Tartu_pedagoogiumi_aruanded, lk 12
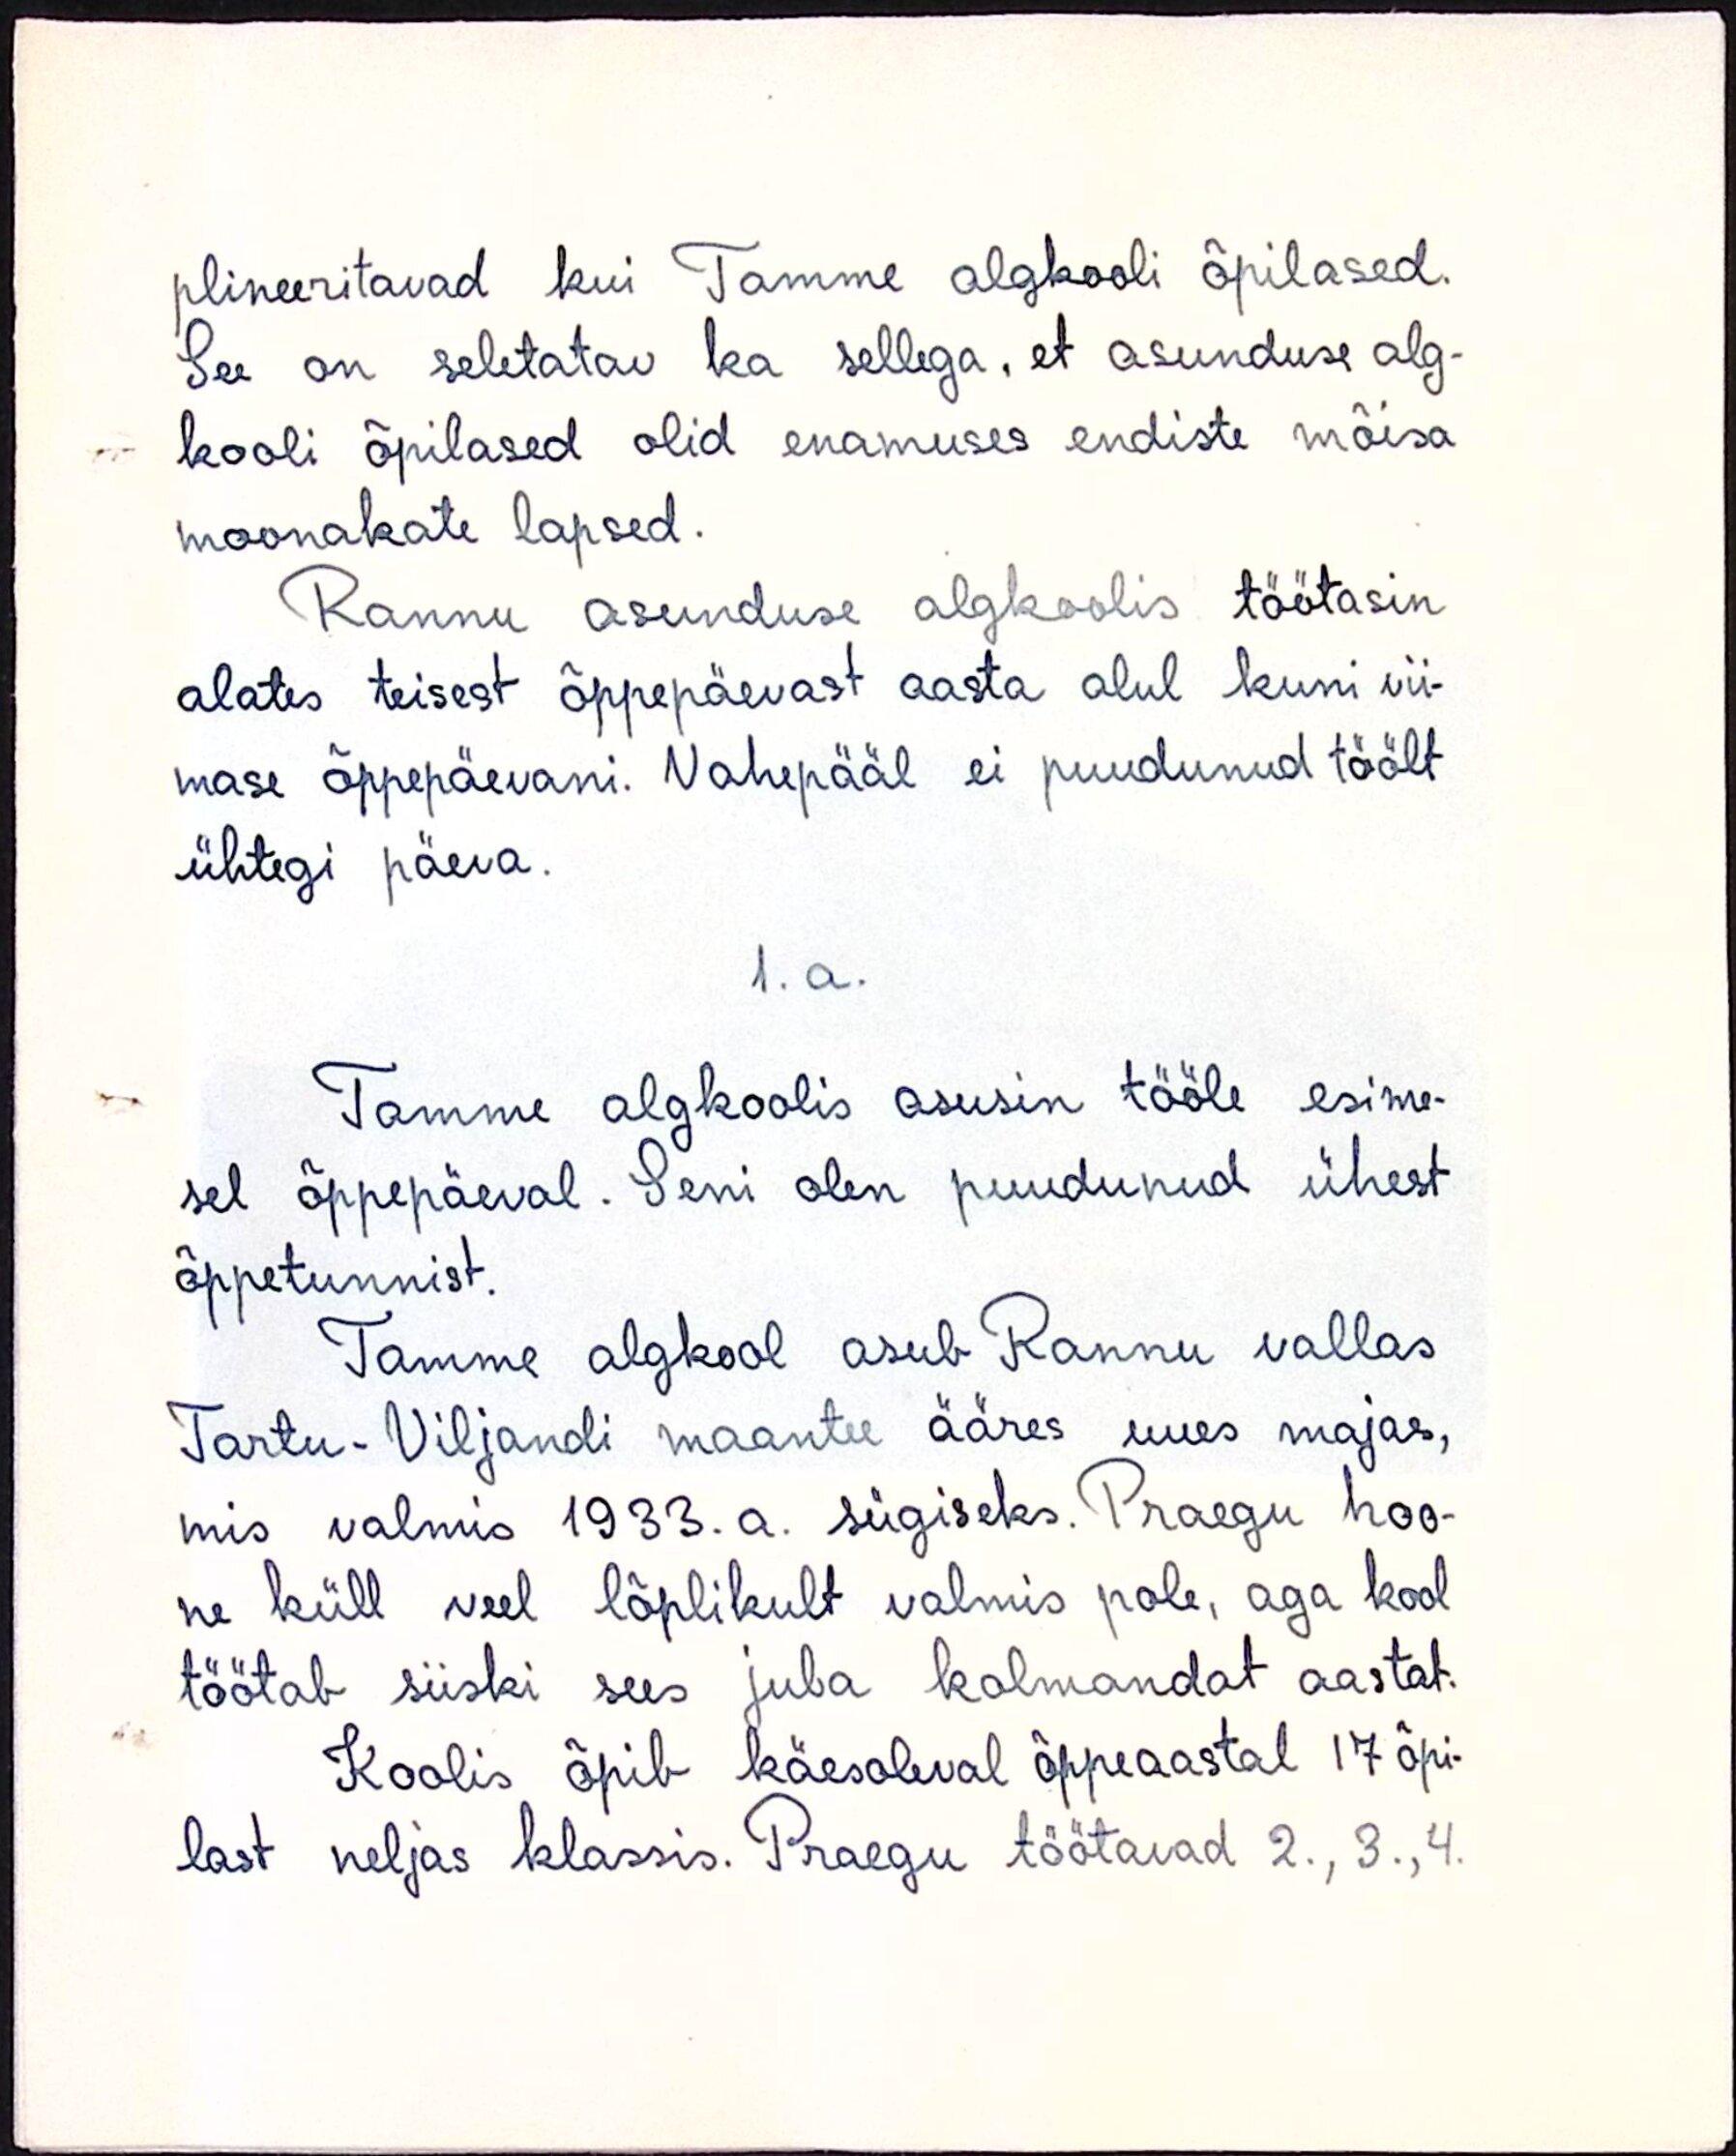
plineeritavad kui Tamme algkooli õpilased.
See on seletatav ka sellega, et asunduse alg-
kooli õpilased olid enamuses endiste mõisa
moonakate lapsed.
Rannu asunduse algkoolis töötasin
alates teisest õppepäevast aasta alul kuni vii-
mase õppepäevani. Vahepääl ei puudunud töölt
ühtegi päeva.
1.a.
Tamme algkoolis asusin tööle esime-
sel õppepäeval. Seni olen puudunud ühest
õppetunnist.
Tamme algkool asub Rannu vallas
Tartu-Viljandi maantee ääres uues majas,
mis valmis 1933. a. sügiseks. Praegu hoo-
ne küll veel lõplikult valmis pole, aga kool
töötab siiski sees juba kolmandat aastat.
Koolis õpib käesoleval õppeaastal 17 õpi-
last neljas klassis. Praegu töötavad 2., 3.,4.